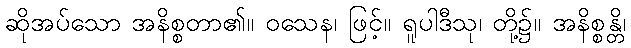
ဆိုအပ်သော အနိစ္စတာ၏။ ဝသေန၊ ဖြင့်။ ရူပါဒီသု၊ တို့၌။ အနိစ္စန္တိ၊